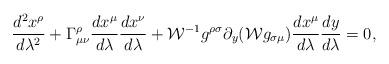
LaTeX: \begin{align*}{{d^2x^{\rho}}\over{d\lambda^2}}+\Gamma^{\rho}_{\mu\nu}{{dx^{\mu}}\over{d\lambda}}{{dx^{\nu}}\over{d\lambda}}+{\cal W}^{-1}g^{\rho\sigma}\partial_y({\cal W}g_{\sigma\mu}){{dx^{\mu}}\over{d\lambda}}{{dy}\over{d\lambda}}=0,\end{align*}